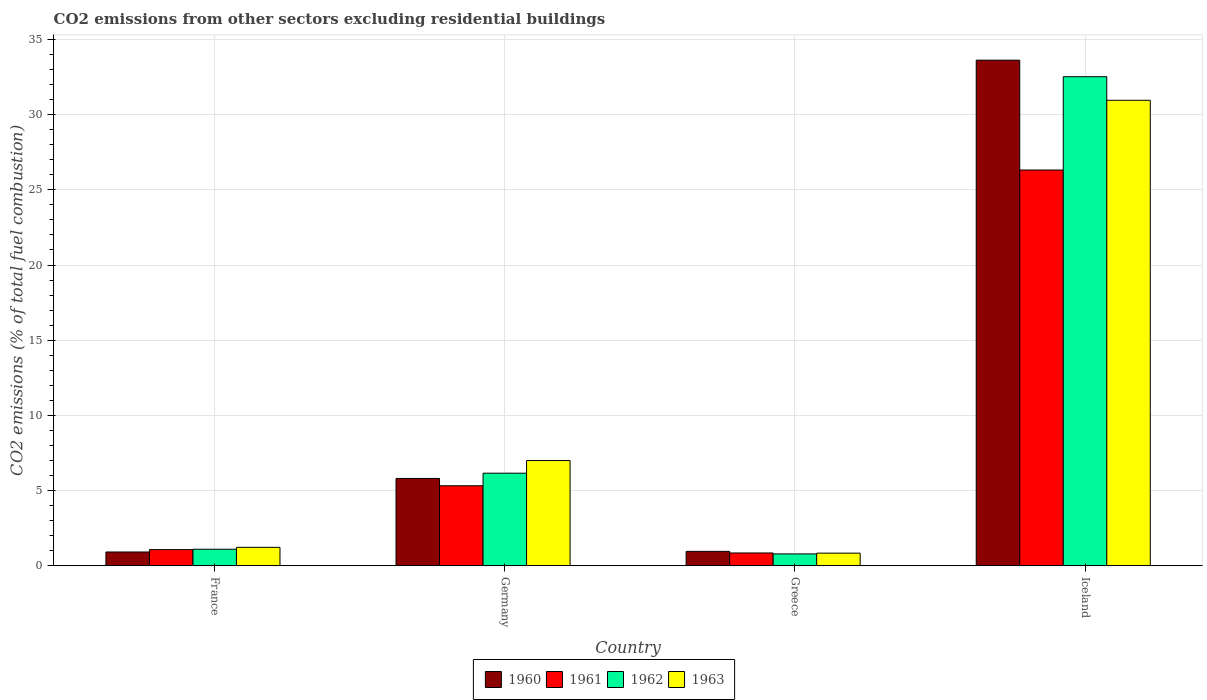
| Country | 1960 | 1961 | 1962 | 1963 |
 | --- | --- | --- | --- | --- |
 | France | 0.917 | 1.08 | 1.1 | 1.23 |
 | Germany | 5.81 | 5.32 | 6.16 | 7 |
 | Greece | 0.96 | 0.853 | 0.789 | 0.841 |
 | Iceland | 33.6 | 26.3 | 32.5 | 31 |